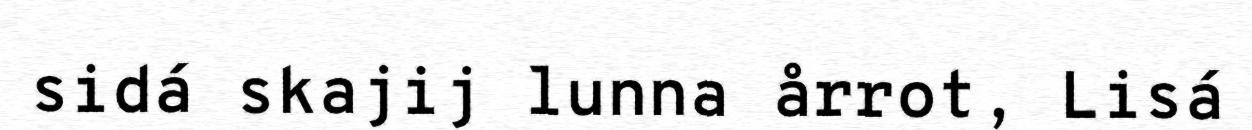
sidá skajij lunna årrot, Lisá